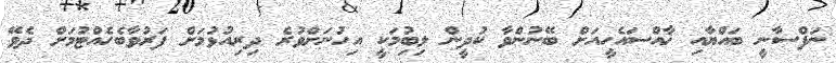
ނަފްސާނީ ބައްޔާއި ޚާއްސައެހީއަށް ބޭނުންވާ ކުދީން ލިބިުމަކީ އިހުނަށްވުރެ ދިރިއުޅުމަށް ފަރުވާބެހެއްޓުމަށް ދެވޭ